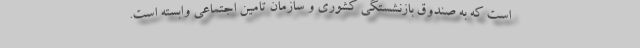
است که به صندوق بازنشستگی کشوری و سازمان تامین اجتماعی وابسته است.